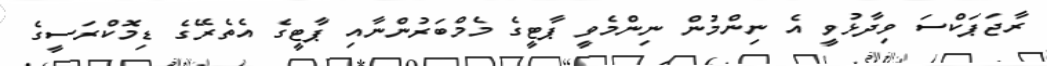
ރާޖަޕަކްސަ ވިދާޅުވީ އެ ނިންމުން ނިންމެވީ ޕާޓީގެ މެމްބަރުންނާއި ޕާޓީގެ އެތެރޭގެ ޑިމޮކްރަސީގެ